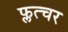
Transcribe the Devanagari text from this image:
फ्लत्चर